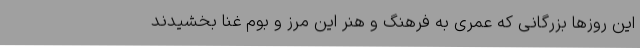
این روزها بزرگانی که عمری به فرهنگ و هنر این مرز و بوم غنا بخشیدند